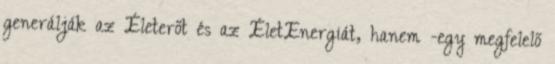
generálják az Életerőt és az ÉletEnergiát, hanem -egy megfelelő